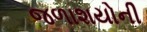
જળાશયોની